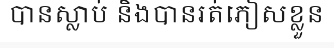
បានស្លាប់ និងបានរត់ភៀសខ្លួន